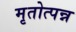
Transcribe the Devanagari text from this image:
मृतोत्पन्न